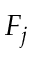
F _ { j }